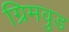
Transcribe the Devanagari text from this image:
ग्रिमवुड